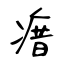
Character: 瘄